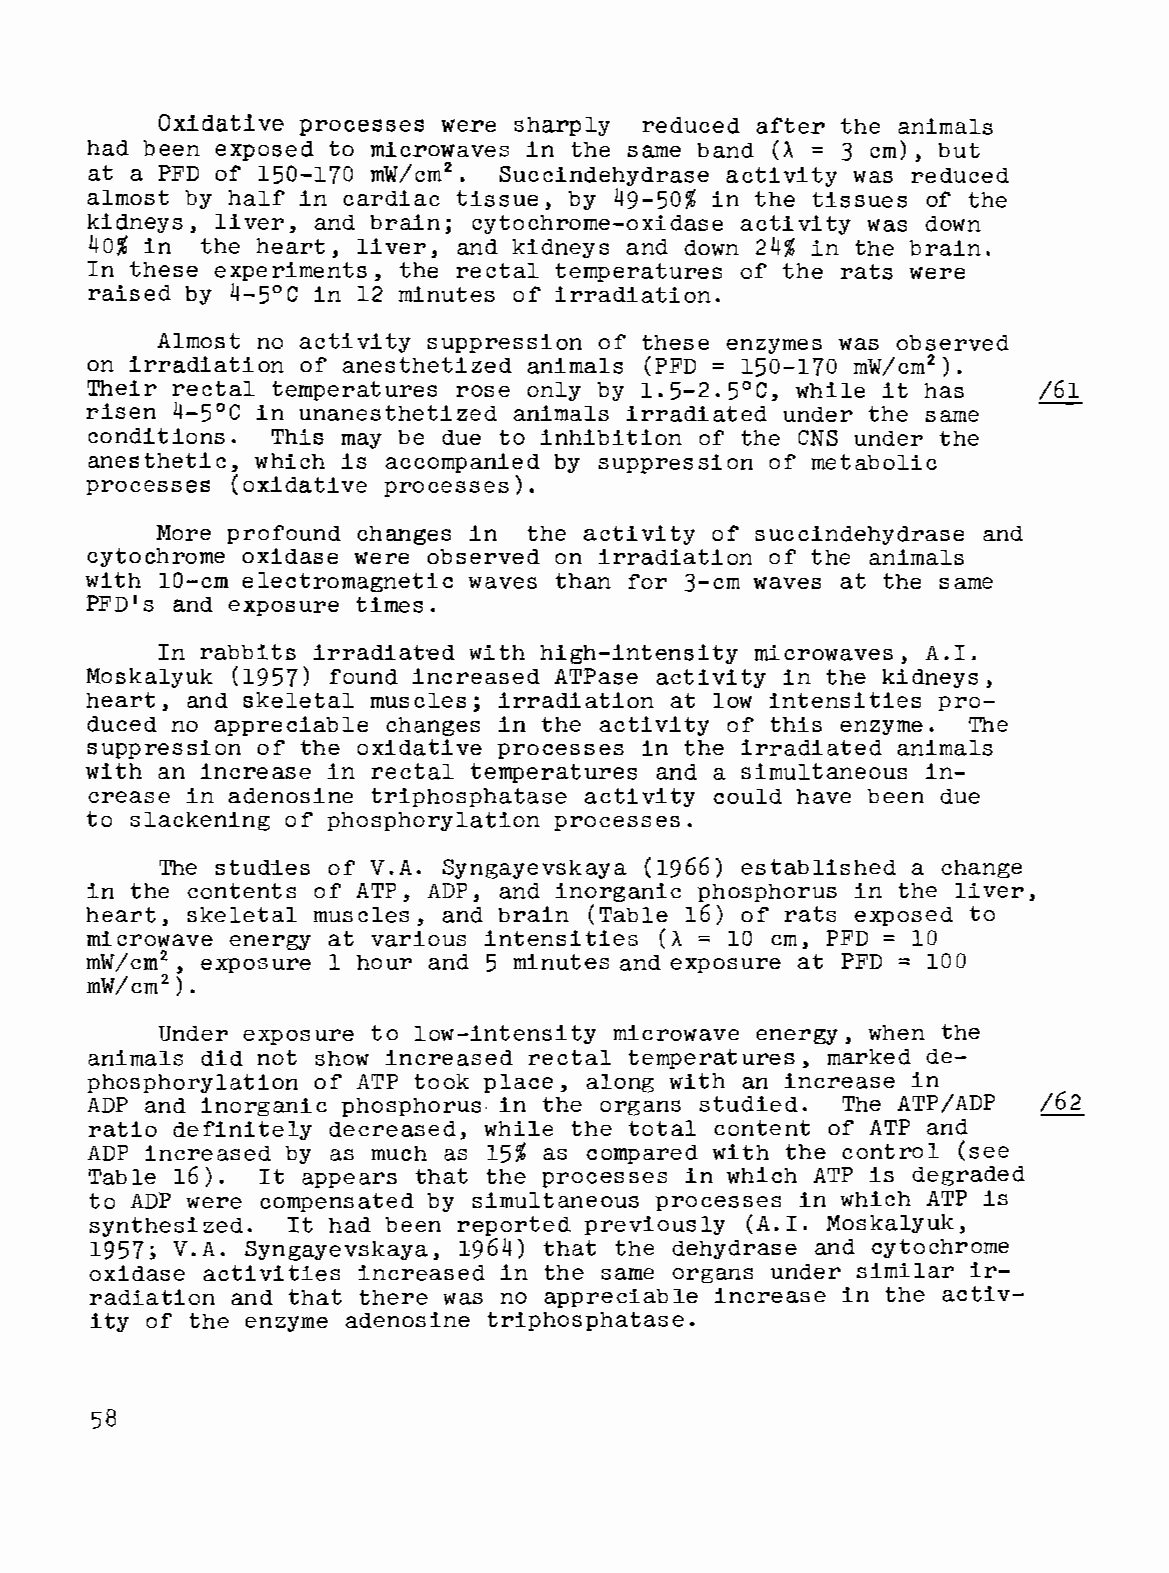
Oxidative processes were sharply reduced after the animals
 had been exposed to microwaves in the same band (A = 3 cm), but
 2
 at a PFD of 150-170 mW/cm . Succindehydrase activity was reduced
 almost by half in cardiac tissue, by 49-50% in the tissues of the
 kidneys, liver, and brain; cytochrome-oxidase activity was down
 40% in the heart, liver, and kidneys and down 24% in the brain.
 In these experiments, the rectal temperatures of the rats were
 raised by 4-5°C in 12 minutes of irradiation.
 Almost no activity suppression of these enzymes was observed
 on irradiation of anesthetized animals (PFD = 150-170 mW/cm2).
 Their rectal temperatures rose only by 1.5-2.5°C, while it has /61
 risen 4-5°C in unanesthetized animals irradiated under the same
 conditions. This may be due to inhibition of the eNS under the
 anesthetic, which is accompanied by suppression of metabolic
 processes (oxidative processes).
 More profound changes in the activity of succindehydrase and
 cytochrome oxidase were observed on irradiation of the animals
 with 10-cm e ctromagnetic waves than for 3-cm waves at the same
 PFD's and exposure times.
 In rabbits irradiat·ed with high-intensity microwaves, A. I.
 Moskalyuk (1957) found increased ATPase activity in the kidneys,
 heart, and skeletal muscles; irradiation at low intensities pro
 duced no appreciable changes in the activity of this enzyme. The
 suppression of the oxidative processes in the irradiated animals
 with an increase in rectal temperatures and a simultaneous in
 crease in adenosine triphosphatase activity could have been due
 to slackening of phosphorylation processes.
 The studies of V.A. Syngayevskaya (1966) established a change
 in the contents of ATP, ADP, and inorganic phosphorus in the liver,
 heart, skeletal muscles, and brain (Table 16) of rats exposed to
 microwave energy at various intensities (A = 10 cm, PFD = 10
 2                                               =
 mW/cm , exposure 1 hour and 5 minutes and exposure at PFD 100
 mW/cm2
 ) •
 Under exposure to low-intensity microwave energy, when the
 animals did not show increased rectal temperatures, marked de
 phosphorylation of ATP took place, along with an increase in
 ADP and inorganic phosphorus- in the organs studied. The ATP/ADP /62
 ratio definitely decreased, while the total content of ATP and
 ADP increased by as much as 15% as compared with the control (see
 Table 16). It appears that the processes in which ATP is degraded
 to ADP were compensated by simultaneous processes in which ATP is
 synthesized. It had been reported previously (A.I. Moskalyuk,
 1957; V.A. Syngayevskaya, 1964) that the dehydrase and cytochrome
 oxidase activities increased in the same organs under similar ir
 radiation and that there was no appreciable increase in the activ-
 ity of the enzyme adenosine triphosphatase.
 58